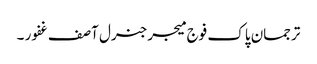
ترجمان پاک فوج میجرجنرل آصف غفور ۔